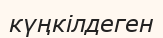
күңкілдеген